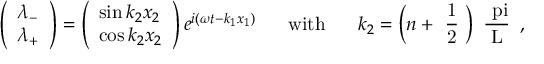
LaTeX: \left( \begin{array} { l } { { \lambda _ { - } } } \\ { { \lambda _ { + } } } \end{array} \right) = \left( \begin{array} { l } { { \sin k _ { 2 } x _ { 2 } } } \\ { { \cos k _ { 2 } x _ { 2 } } } \end{array} \right) e ^ { i ( \omega t - k _ { 1 } x _ { 1 } ) } \ \ \ \ \ \mathrm { w i t h } \ \ \ \ \ k _ { 2 } = \left( n + \mathrm { ~ \frac { 1 } { 2 } ~ } \right) \mathrm { ~ \frac { \ p i } { L } ~ } \, ,